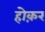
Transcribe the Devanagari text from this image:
होक़र